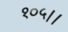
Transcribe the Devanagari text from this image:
१०५।।